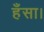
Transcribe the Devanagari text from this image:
हँसा।